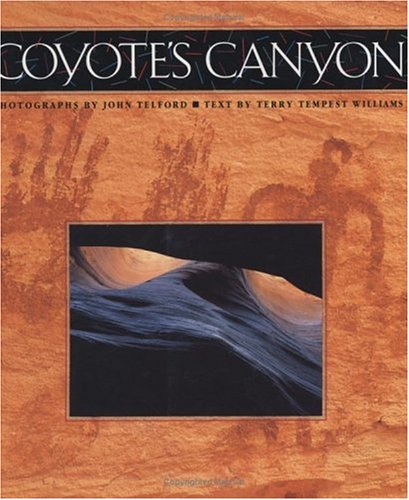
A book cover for Coyote's Canyon; Terry Tempest Williams; Science & Math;